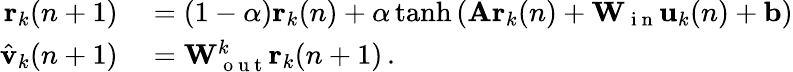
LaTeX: \begin{array}{rl}{\mathbf{r}_{k}(n+1)}&{{}=\left(1-\alpha\right)\mathbf{r}_{k}(n)+\alpha\operatorname{tanh}\left(\mathbf{A}\mathbf{r}_{k}(n)+\mathbf{W}_{\mathrm{~i~n~}}\mathbf{u}_{k}(n)+\mathbf{b}\right)}\\ {\hat{\mathbf{v}}_{k}(n+1)}&{{}=\mathbf{W}_{\mathrm{~o~u~t~}}^{k}\mathbf{r}_{k}(n+1)\, .}\end{array}